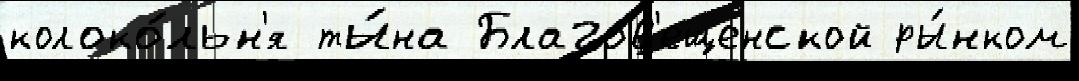
колоко́льн'я ты́на Благов'ещенской ры́нком